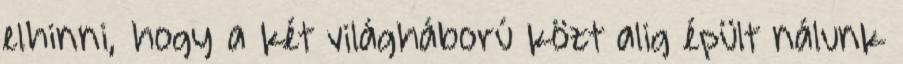
elhinni, hogy a két világháború közt alig épült nálunk